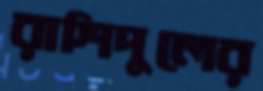
রাশিদুলের